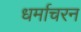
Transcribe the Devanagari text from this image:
धर्माचरन